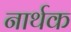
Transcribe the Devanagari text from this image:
नार्थक